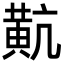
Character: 𪎵